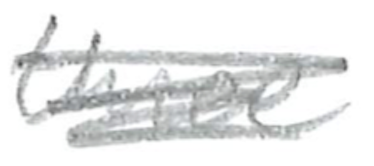
Text: three
Cross-out: scratch
Writing tool: pencil